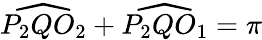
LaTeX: {\widehat{P_{2}QO_{2}}}+{\widehat{P_{2}QO_{1}}}=\pi